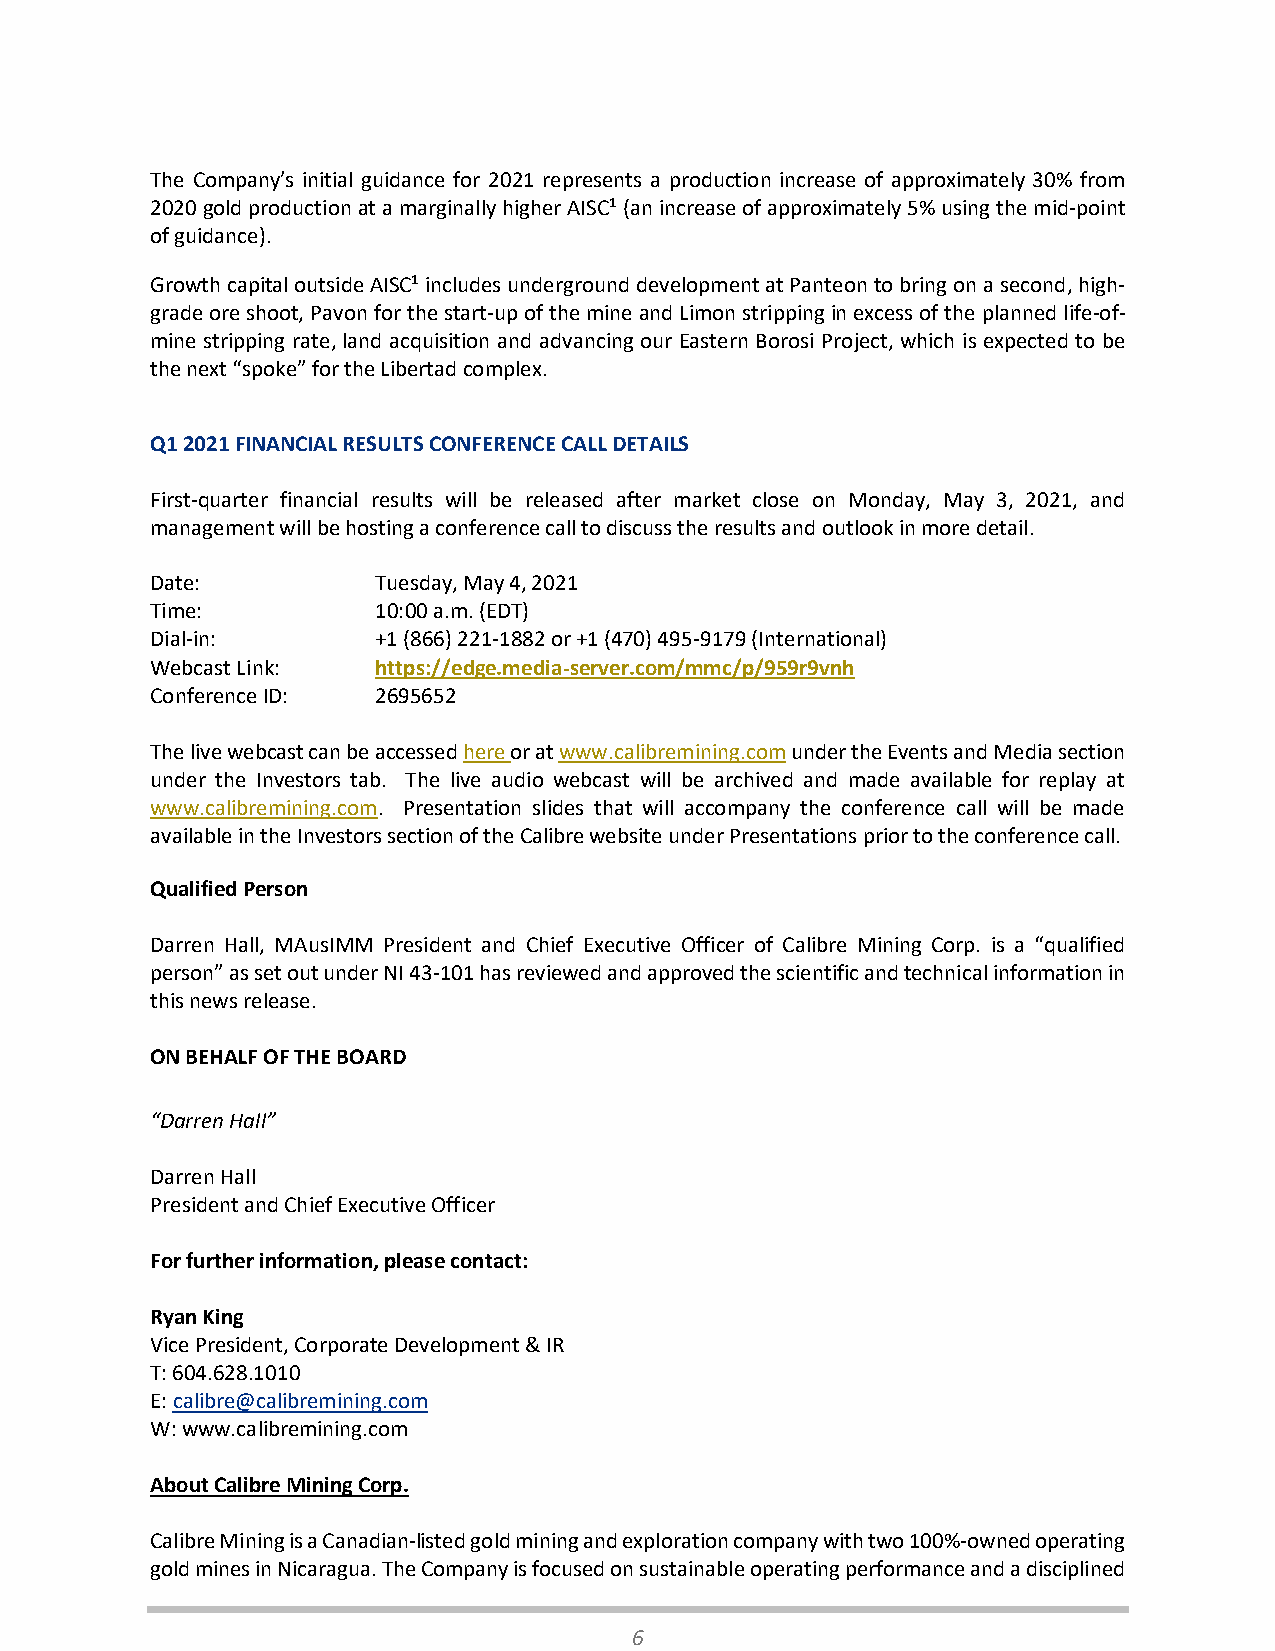
The Company’s initial guidance for 2021 represents a production increase of approximately 30% from
 2020 gold production at a marginally higher AISC1 (an increase of approximately 5% using the mid-point
 of guidance).
 Growth capital outside AISC1 includes underground development at Panteon to bring on a second, high-
 grade ore shoot, Pavon for the start-up of the mine and Limon stripping in excess of the planned life-of-
 mine stripping rate, land acquisition and advancing our Eastern Borosi Project, which is expected to be
 the next “spoke” for the Libertad complex.
 Q1 2021 FINANCIAL RESULTS CONFERENCE CALL DETAILS
 First-quarter financial results will be released after market close on Monday, May 3, 2021, and
 management will be hosting a conference call to discuss the results and outlook in more detail.
 Date:          Tuesday, May 4, 2021
 Time:          10:00 a.m. (EDT)
 Dial-in:       +1 (866) 221-1882 or +1 (470) 495-9179 (International)
 Webcast Link:  https://edge.media-server.com/mmc/p/959r9vnh
 Conference ID: 2695652
 The live webcast can be accessed here or at www.calibremining.com under the Events and Media section
 under the Investors tab. The live audio webcast will be archived and made available for replay at
 www.calibremining.com. Presentation slides that will accompany the conference call will be made
 available in the Investors section of the Calibre website under Presentations prior to the conference call.
 Qualified Person
 Darren Hall, MAusIMM President and Chief Executive Officer of Calibre Mining Corp. is a “qualified
 person” as set out under NI 43-101 has reviewed and approved the scientific and technical information in
 this news release.
 ON BEHALF OF THE BOARD
 “Darren Hall”
 Darren Hall
 President and Chief Executive Officer
 For further information, please contact:
 Ryan King
 Vice President, Corporate Development & IR
 T: 604.628.1010
 E: calibre@calibremining.com
 W: www.calibremining.com
 About Calibre Mining Corp.
 Calibre Mining is a Canadian-listed gold mining and exploration company with two 100%-owned operating
 gold mines in Nicaragua. The Company is focused on sustainable operating performance and a disciplined
 6